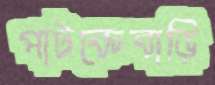
পাটকেবাড়ি